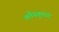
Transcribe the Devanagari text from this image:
कौयगुलांट